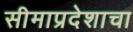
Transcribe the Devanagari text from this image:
सीमाप्रदेशाचा